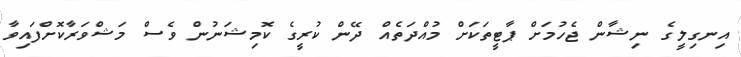
އިނގިލީގެ ނިޝާން ޖެހުމަށް ޕާޓީތަކަށް މުއްދަތެއް ދޭން ކުރީގެ ކޮމިޝަނުން ވެސް މަޝްވަރާކޮށްފައިވާ